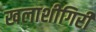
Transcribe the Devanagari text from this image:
खलाशीगिरी